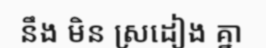
នឹង មិន ស្រដៀង គ្នា